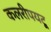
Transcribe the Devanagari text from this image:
कलरीपयटू